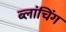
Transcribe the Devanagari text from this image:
ब्लांचिंग